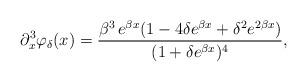
LaTeX: \begin{align*}\partial_x^3 \varphi_{\delta}(x)=\frac{\beta^3 \, e^{\beta x}(1-4\delta e^{\beta x}+\delta^2e^{2\beta x})}{(1+\delta e^{\beta x})^4} ,\end{align*}